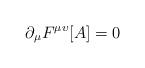
LaTeX: \begin{align*}\partial _{\mu }F^{\mu \upsilon }[A]=0 \end{align*}